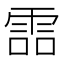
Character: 𩂩